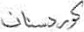
كوردستان